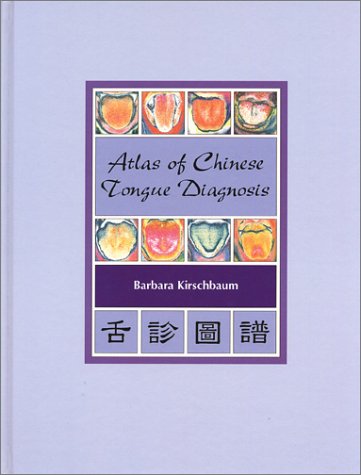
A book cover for Atlas of Chinese Tongue Diagnosis, Vol. 1; Barbara Kirschbaum; Health, Fitness & Dieting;